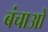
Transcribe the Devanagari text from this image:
बंचाओ